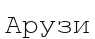
Арузи